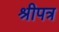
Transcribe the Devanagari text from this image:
श्रीपत्र